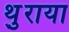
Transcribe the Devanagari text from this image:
थ़ुराया